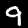
Label: 9